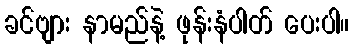
ခင်ဗျား နာမည်နဲ့ ဖုန်းနံပါတ် ပေးပါ။